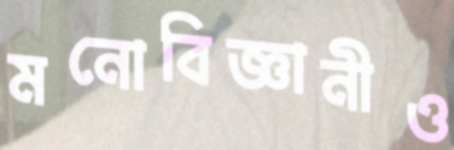
মনোবিজ্ঞানীও